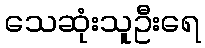
သေဆုံးသူဦးရေ